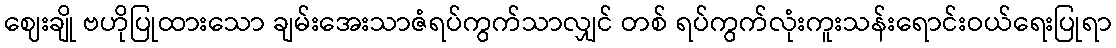
ဈေးချို ဗဟိုပြုထားသော ချမ်းအေးသာဇံရပ်ကွက်သာလျှင် တစ် ရပ်ကွက်လုံးကူးသန်းရောင်းဝယ်ရေးပြုရာ